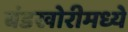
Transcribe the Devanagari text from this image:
बंडखोरीमध्ये